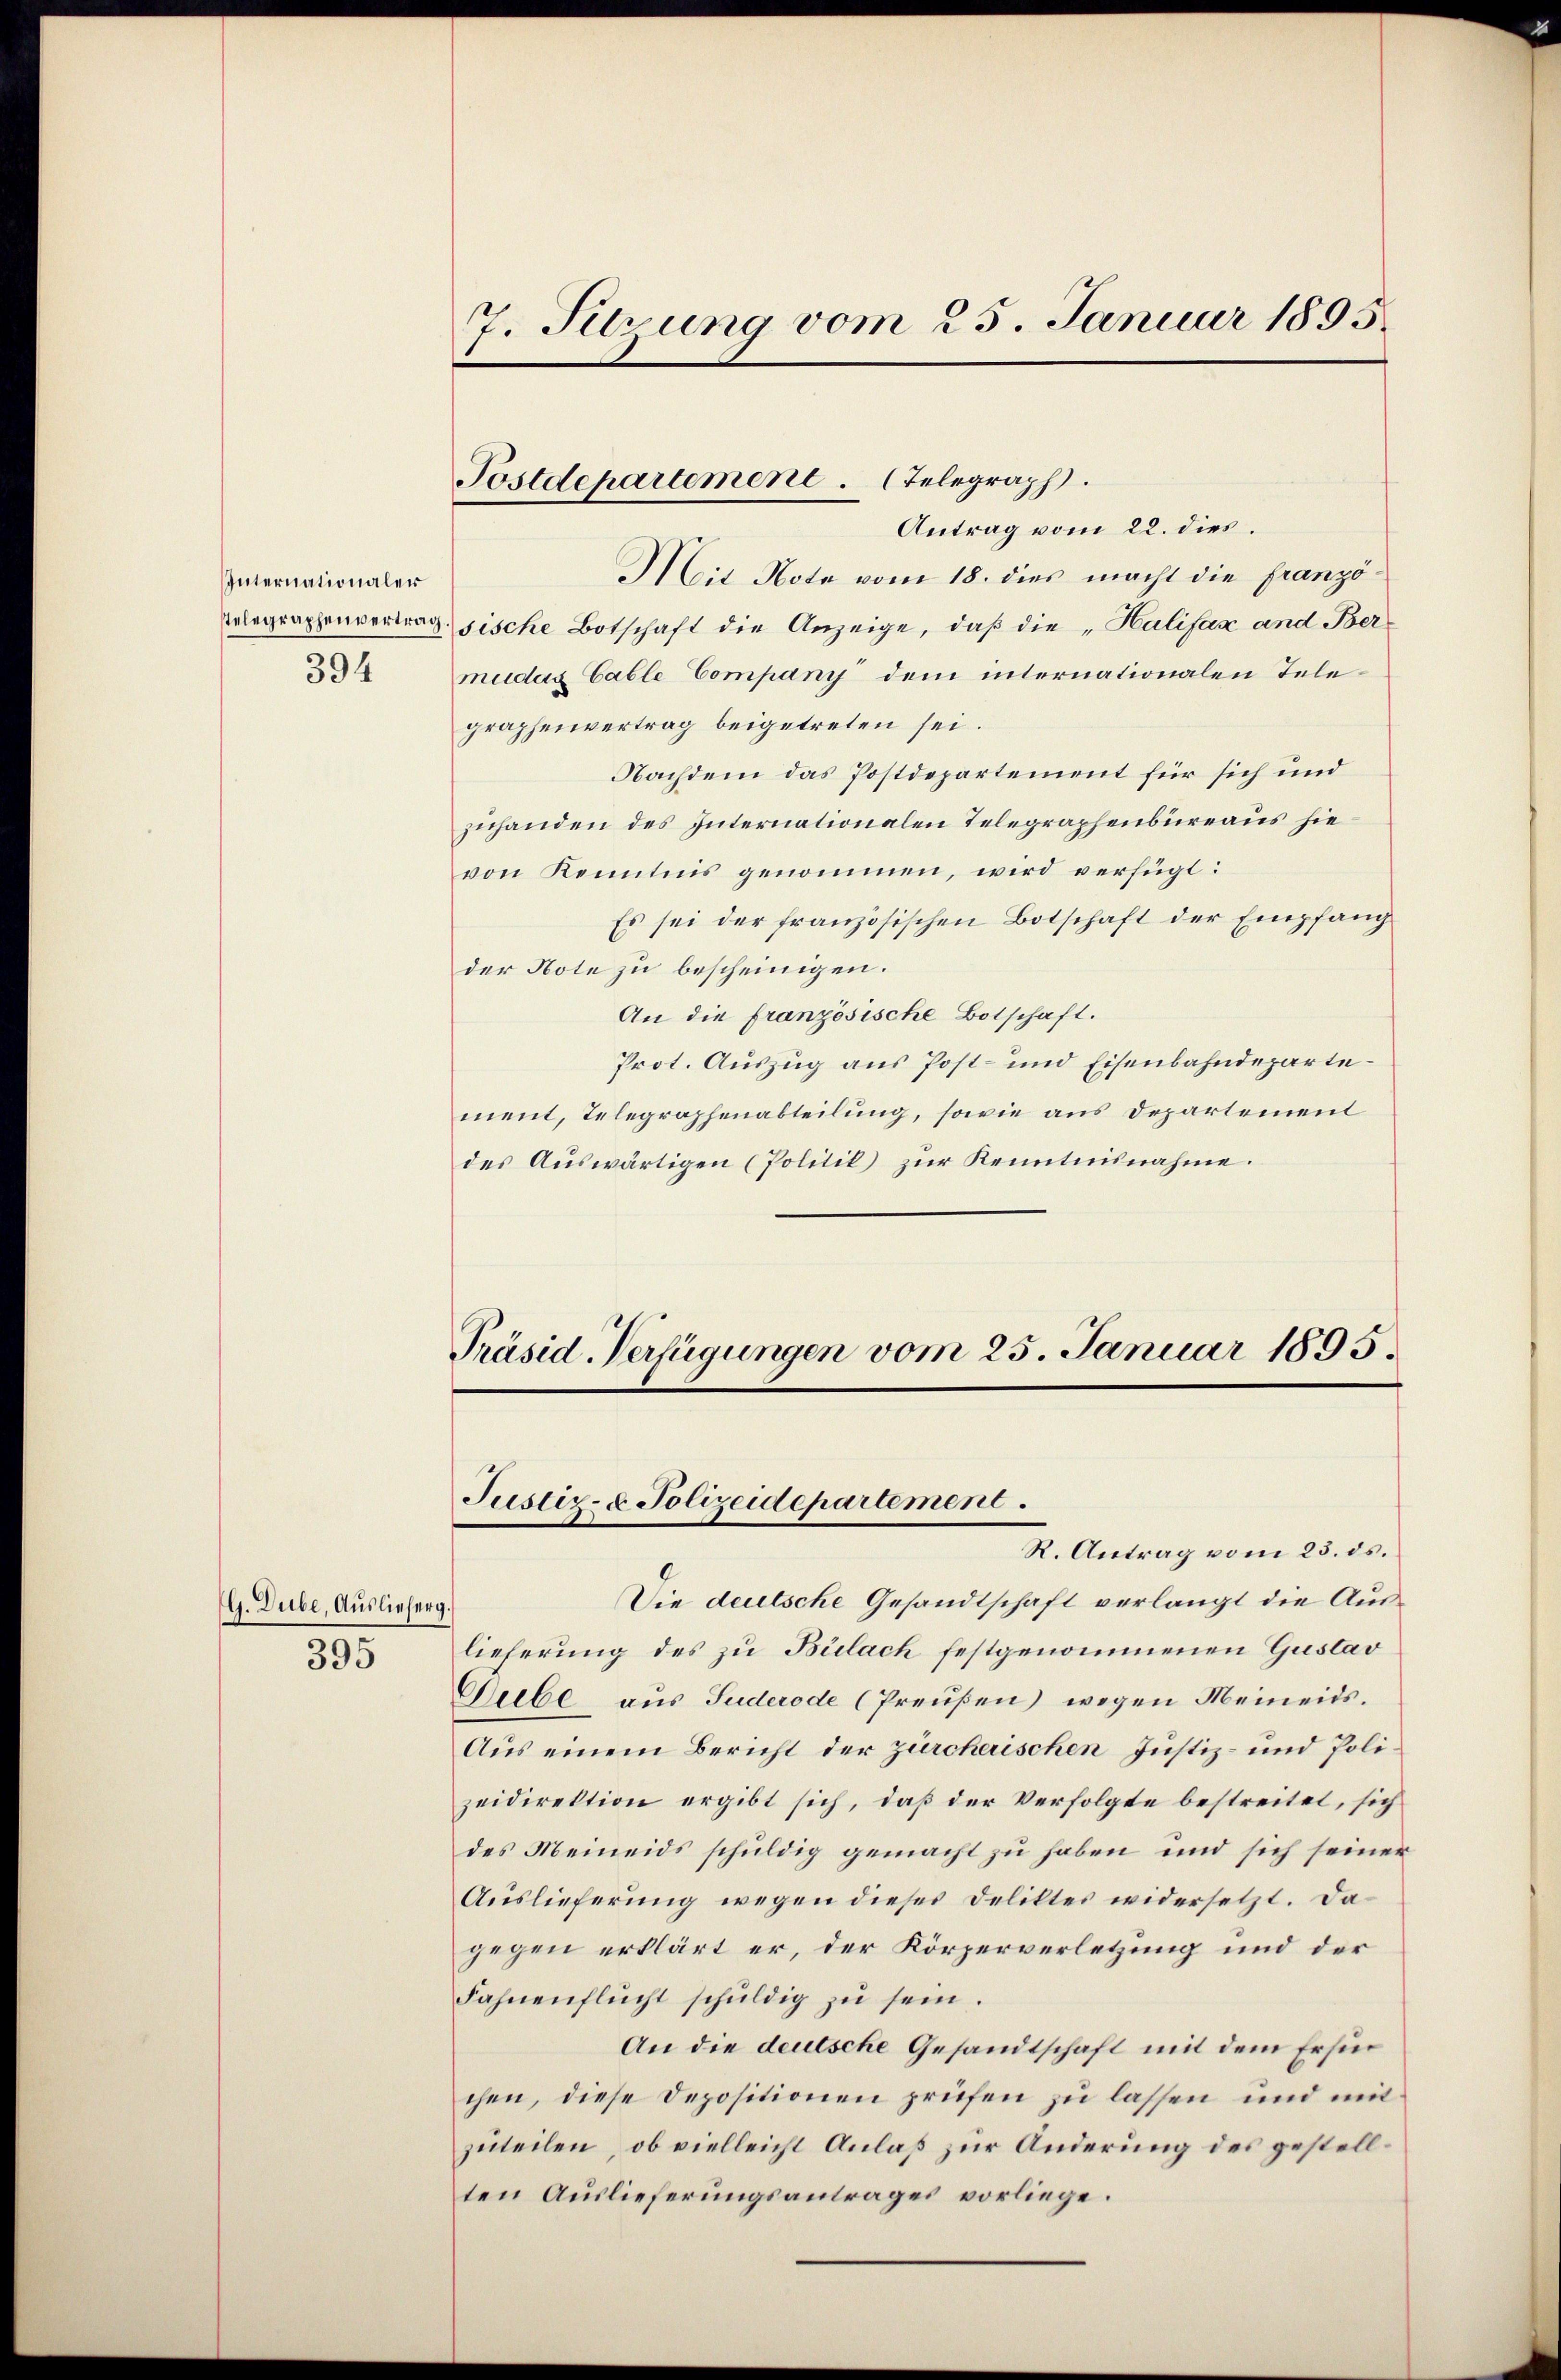
Internationaler
394

G. Dube, Auslieferg.

395

7. Sitzung vom 25. Januar 1895.

Antrag vom 22. dies.
Mit Note vom 18. dies macht die franzö¬
Telegraphenvertrag sische Botschaft die Anzeige, daß die „Halifaz and Bermuduig Gable Company dem internationalen Tele
graphenvertrag beigetreten sei.
Nachdem das Postdepartement für sich und
zuhanden des Internationalen Telegraphenbureaus hievon Kenntnis genommen, wird verfügt:
Es sei der französischen Botschaft der Empfang
der Note zu bescheinigen.
An die französische Botschaft.
Prot. Auszug aus Post- und Eisenbahndepartement, Telegraphenabteilung, sowie aus Departement
des Aŭswärtigen (Politik zŭr Kenntnisnahme.

Postdepartement. (Telegraph.

Präsid-Verfügungen vom 25. Januar 1895.
Justiz- & Polizeidepartement.
R. Antrag vom 23. ds.

Die deutsche Gesandtschaft verlangt die Auslieferung des zu Bülach festgenommenen Gustav
Geibe aus Fuderode (Preußen) wegen Meineids.
Aus einem Bericht der zürcherischen Justiz- und Polizeidirektion ergibt sich, daß der Verfolgte bestreitet, sich
des Meineids schuldig gemacht zu haben und sich seiner
Auslieferung wegen dieses Deliktes widersetzt. Da
gegen erklärt er, der Körperverletzung und der
Fahnenflŭcht schŭldig zŭ sein.
An die deutsche Gesandtschaft mit dem Ersin
chen, diese Depositionen prüfen zu lassen und mit
zuteilen, ob vielleicht Anlaß zur Änderung des gestellten Auslieferungsantrages vorliege.